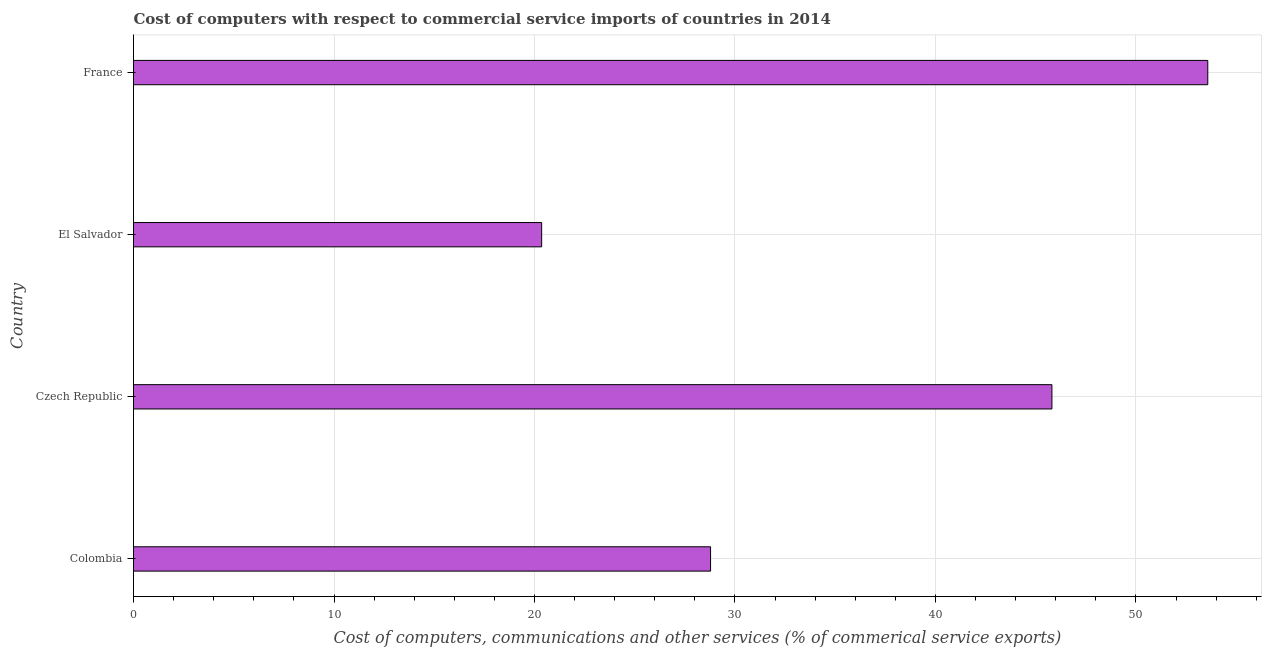
| Country | Computer |
 | --- | --- |
 | Colombia | 28.8 |
 | Czech Republic | 45.8 |
 | El Salvador | 20.4 |
 | France | 53.6 |